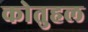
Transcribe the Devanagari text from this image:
कोतुहल